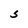
Character: S